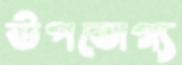
উপভোগ্য